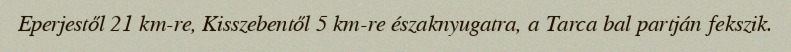
Eperjestől 21 km-re, Kisszebentől 5 km-re északnyugatra, a Tarca bal partján fekszik.